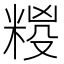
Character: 𮇩